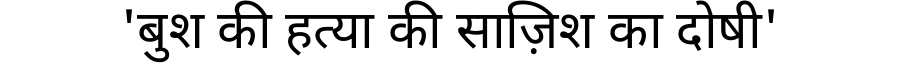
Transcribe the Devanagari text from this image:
'बुश की हत्या की साज़िश का दोषी'